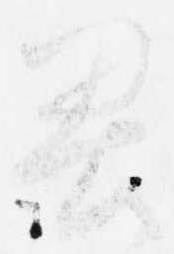
畏